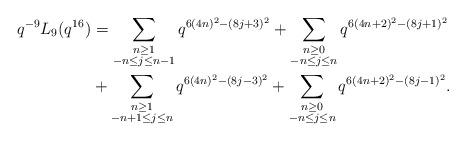
LaTeX: \begin{align*} \begin{aligned}q^{-9} L_{9}(q^{16}) &= \sum_{\substack{n \geq 1 \\ -n \leq j \leq n-1}} q^{6(4n)^2 - (8j+3)^2} + \sum_{\substack{n \geq 0 \\ -n \leq j \leq n}} q^{6(4n+2)^2 - (8j+1)^2} \\&+ \sum_{\substack{n \geq 1 \\ -n+1 \leq j \leq n}} q^{6(4n)^2 - (8j-3)^2} + \sum_{\substack{n \geq 0 \\ -n \leq j \leq n}} q^{6(4n+2)^2 - (8j-1)^2}. \end{aligned}\end{align*}